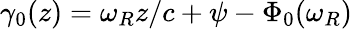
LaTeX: \gamma_{0}(z)=\omega_{R}z/c+\psi-\Phi_{0}(\omega_{R})